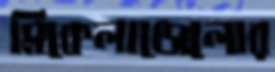
মিকেলাঞ্জেলোর